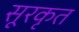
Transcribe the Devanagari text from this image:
सूरकृत